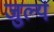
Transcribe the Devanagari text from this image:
जुल्य